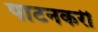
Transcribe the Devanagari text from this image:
पाटनकरी